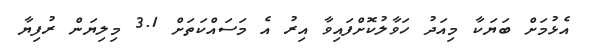
އެޅުމަށް ބަޔަކާ މިއަދު ހަވާލުކޮށްފައިވާ އިރު އެ މަސައްކަތަށް 3.1 މިލިޔަން ރުފިޔާ